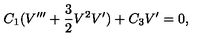
C _ { 1 } ( V ^ { \prime \prime \prime } + \frac { 3 } { 2 } V ^ { 2 } V ^ { \prime } ) + C _ { 3 } V ^ { \prime } = 0 ,